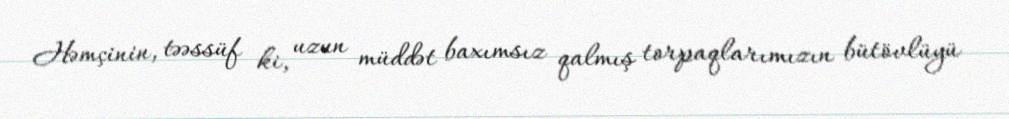
Həmçinin, təəssüf ki, uzun müddət baxımsız qalmış torpaqlarımızın bütövlüyü